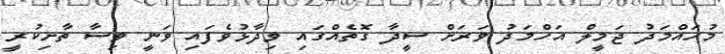
މުހައްމަދު ޖަމީލް އަހްމަދު ވަރަށް ސީދާ ގޮތެއްގައި ވިދާޅުވެފައި ވަނީ ވިސާ ތާށިކުރީ